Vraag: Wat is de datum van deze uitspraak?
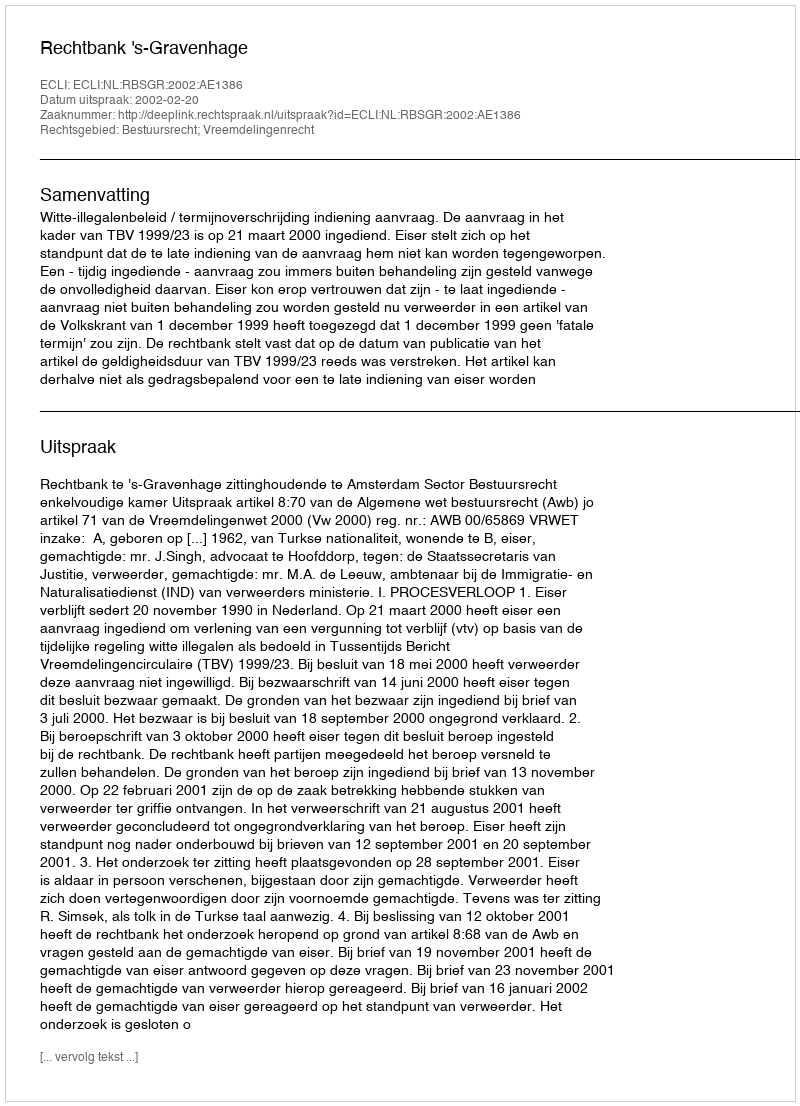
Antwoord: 2002-02-20